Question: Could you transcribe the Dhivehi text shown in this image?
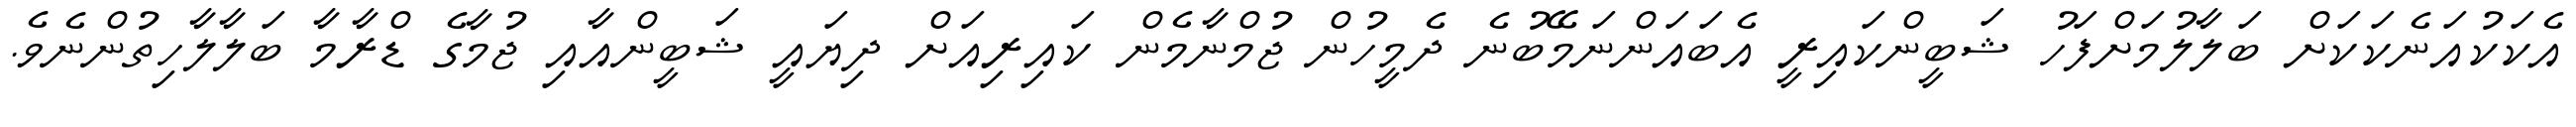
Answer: އެކަކުއަނެކަކަށް ބަލާލުމަށްފަހު ޝަބީންކައިރީ އެބައަންނަމޭބުނެ ދެމީހުން ޖުމްނާމެން ކައިރިއަށް ދިޔައީ ޝަބީންއާއި ޖުމާގެ ޑްރާމާ ބަލާލާހިތުންނެވެ.